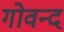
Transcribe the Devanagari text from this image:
गोवन्द